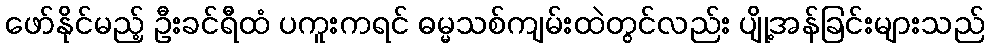
ဖော်နိုင်မည့် ဦးခင်ရီထံ ပကူးကရင် ဓမ္မသစ်ကျမ်းထဲတွင်လည်း ပျို့အန်ခြင်းများသည်